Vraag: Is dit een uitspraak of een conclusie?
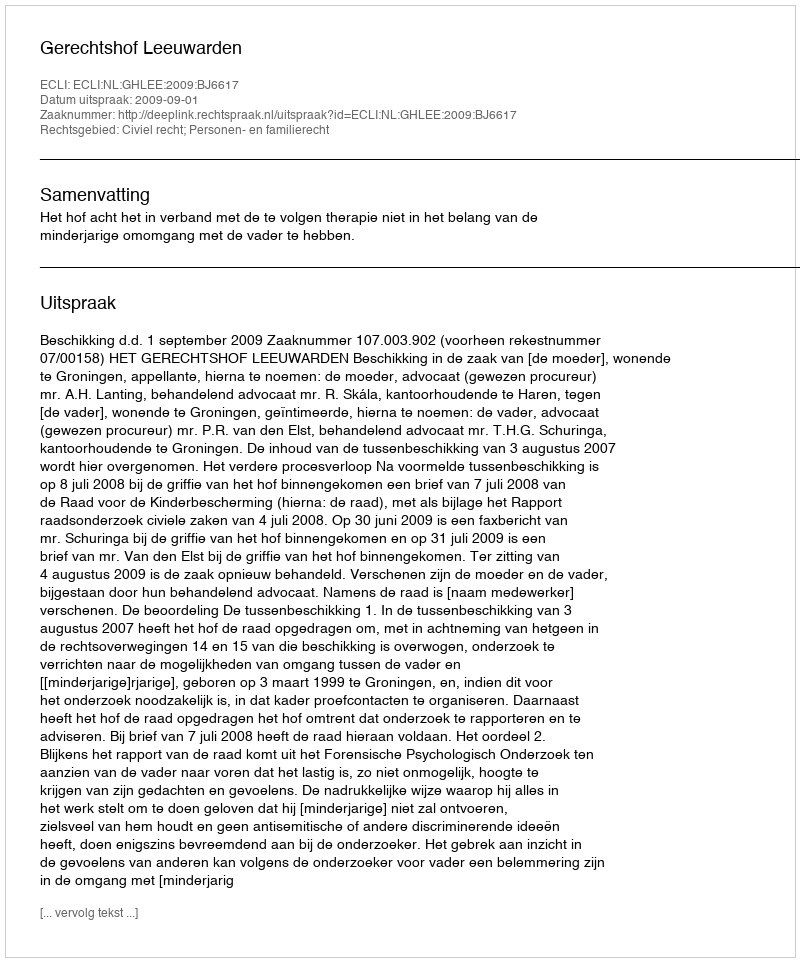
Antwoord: Uitspraak